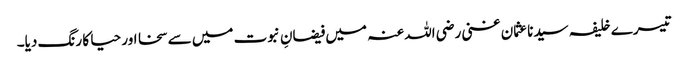
تیسرے خلیفہ سیدناعثمان غنی رضی اللہ عنہ میں فیضانِ نبوت میں سے سخا اور حیا کا رنگ دیا۔